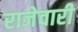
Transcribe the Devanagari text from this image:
राजेवारी